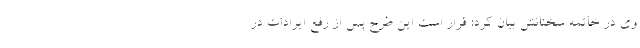
وی در خاتمه سخنانش بیان کرد: قرار است این طرح پس از رفع ایرادات در